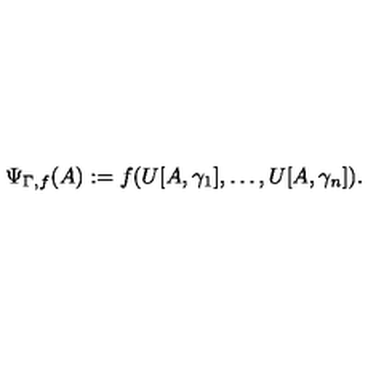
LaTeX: \Psi _ { \Gamma , f } ( A ) : = f ( U [ A , \gamma _ { 1 } ] , \ldots , U [ A , \gamma _ { n } ] ) .